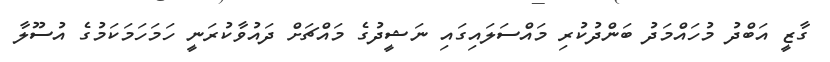
ގާޒީ އަބްދު މުހައްމަދު ބަންދުކުރި މައްސަލައިގައި ނަޝީދުގެ މައްޗަށް ދައުވާކުރަނީ ހަމަހަމަކަމުގެ އުސޫލާ